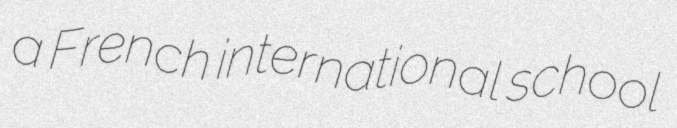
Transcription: a French international school